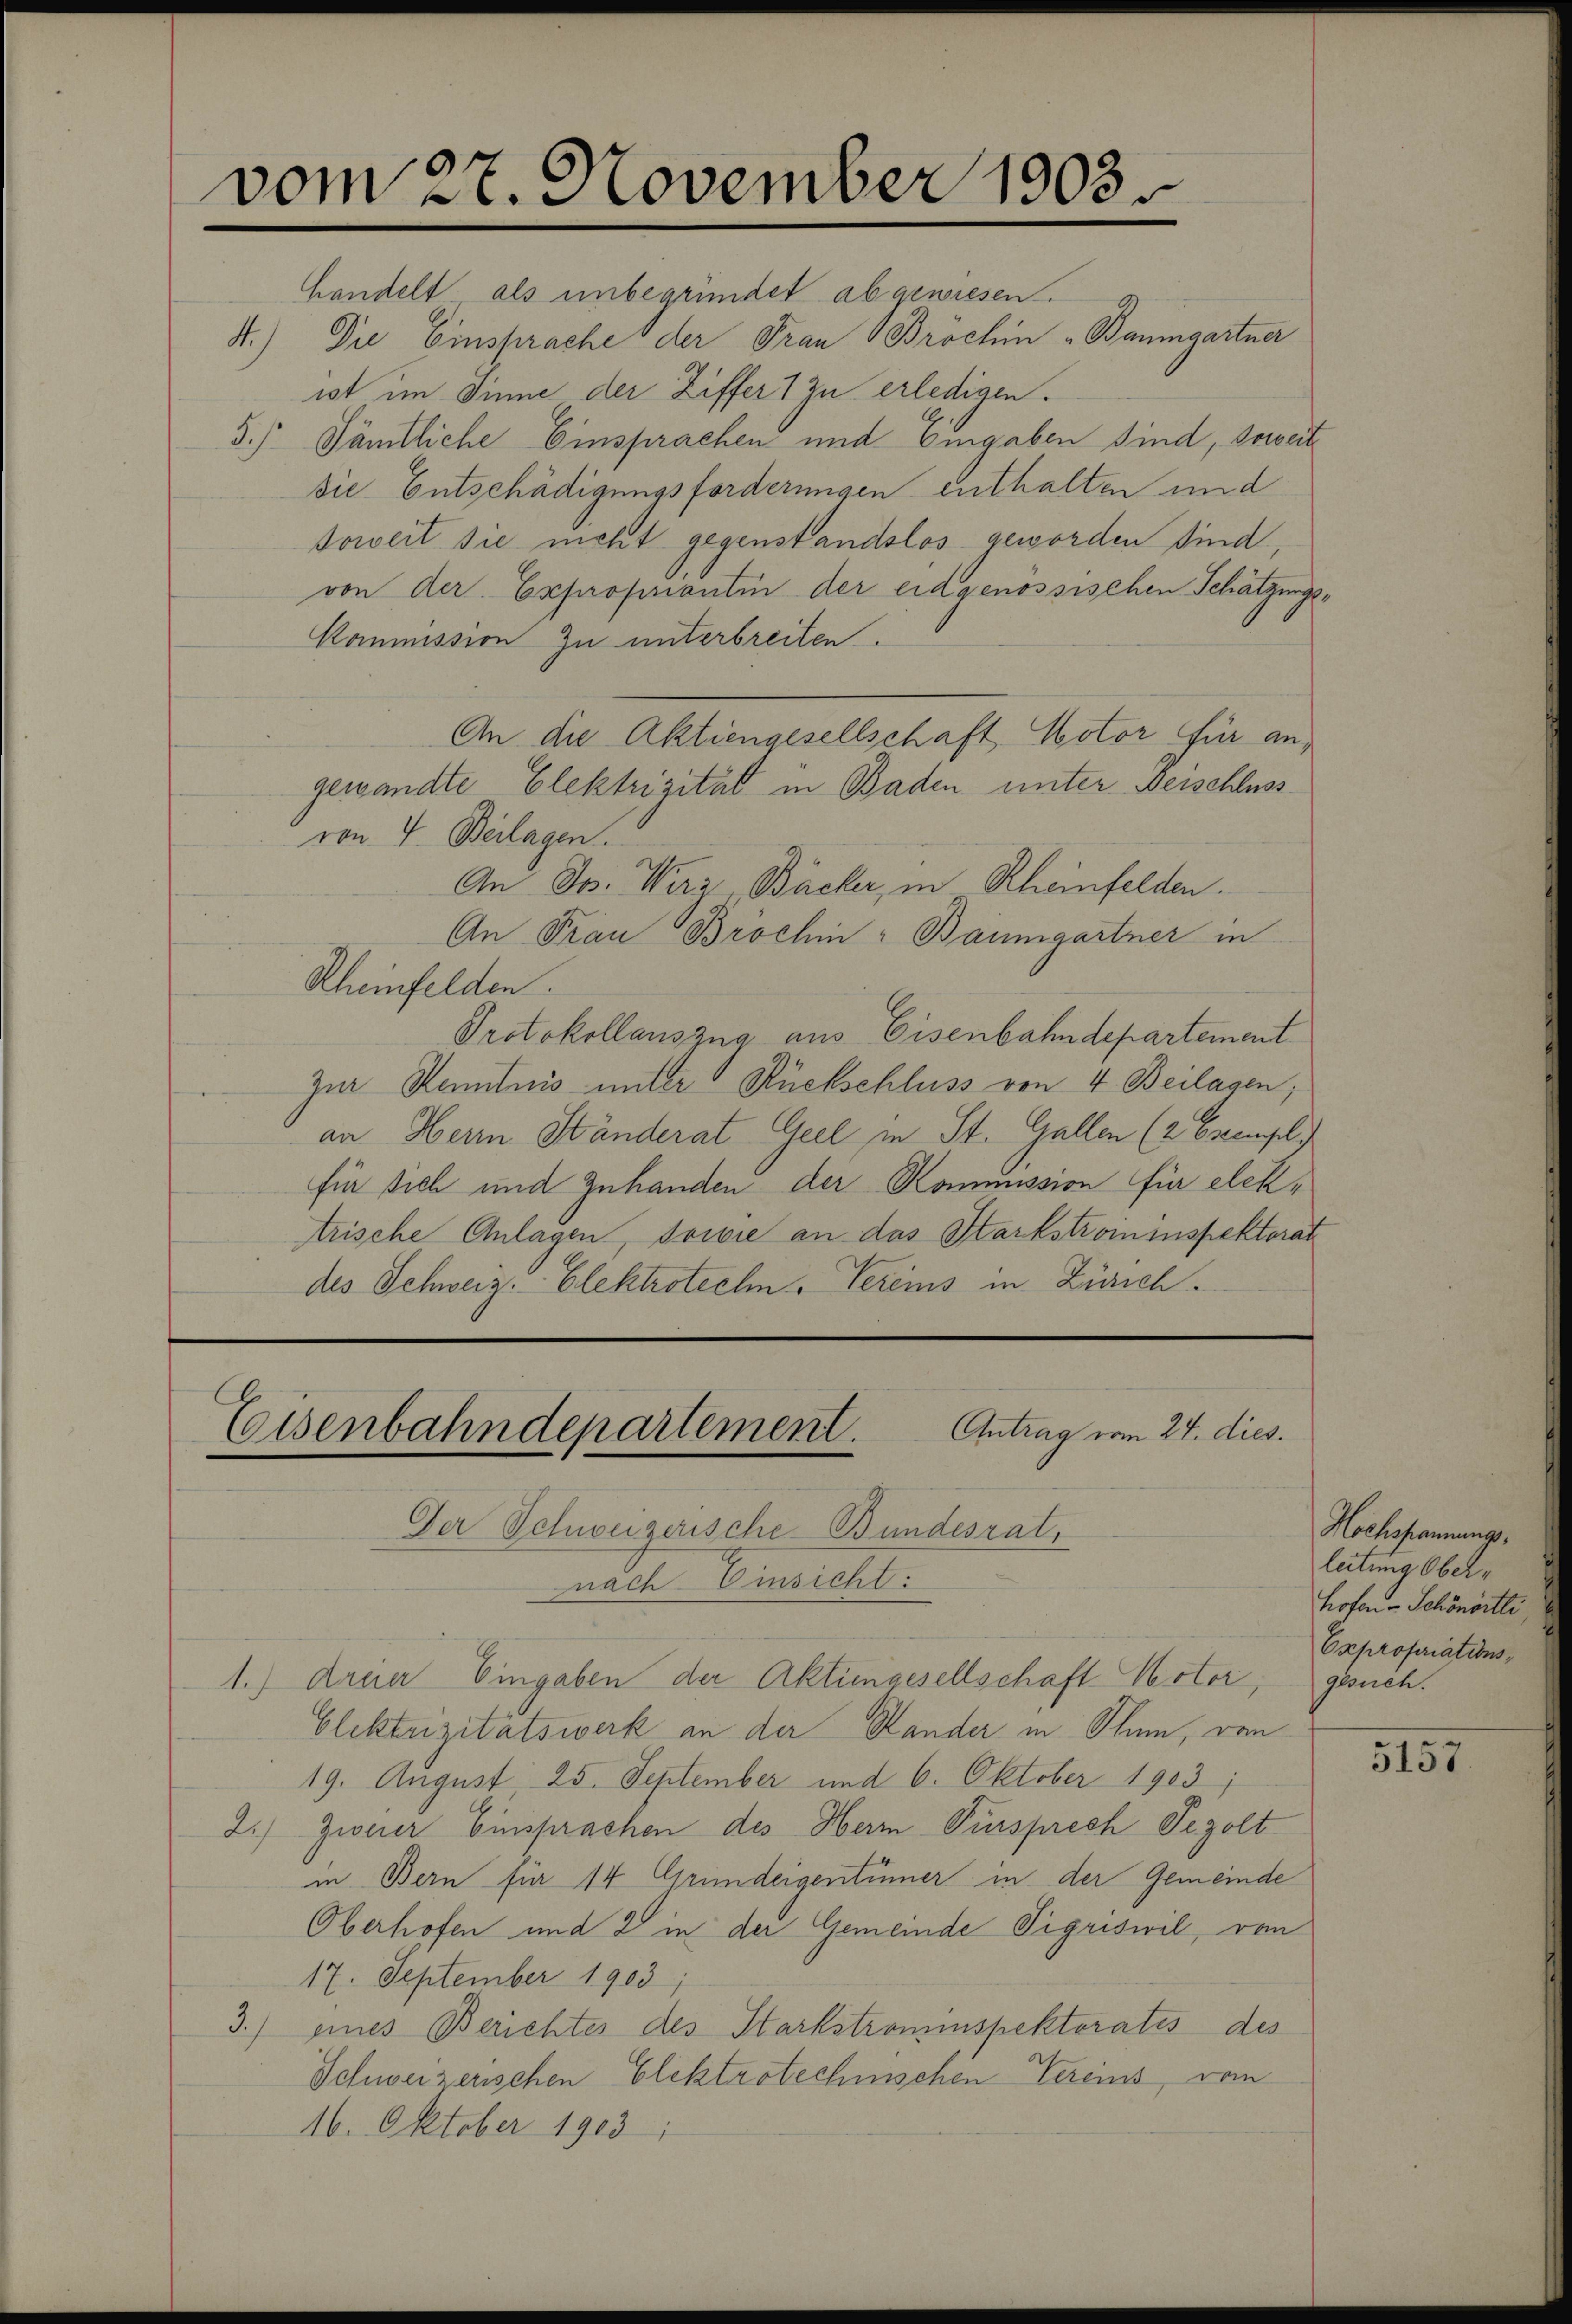
vom 27. November 1903.

Handelt als unbegründet abgewiesen.
St.) Die Einsprache der Frau Brochin Baumgartner
ist im Sinne der Ziffer 1 zu erledigen.
5.) Sämtliche Einsprachen und Eingaben sind, soweit
sie Entschädigungsforderungen enthalten und
soweit sie nicht gegenstandslos geworden sind,
von der Expropriantin der eidgenössischen Schätzungs¬
Kommission zu unterbreiten.
An die Aktiengesellschaft Motor für angewandte Elektrizität in Baden unter Beischluss
von 4. Beilagen.
An Jos. Wirz Bäcker, in Rheinfelden.
An Frau Bröchin - Baumgartner in
Rheinfelden.
Protokollauszug aus Eisenbahndepartement
Zur Kenntnis unter Rückschluss von 4. Beilagen;
an Herrn Ständerat Geel in St. Gallen (2 Exempl
für sich und Zuhanden der Kommission für elektrische Anlagen, sowie an das Starkstrominspektorat
des Schweiz. Elektrotechn. Vereins in Zürich.

Antrag vom 24. dies.
Eisenbahndepartement.

Der Schweizerische Bundesrat,
nach Einsicht.
1.) dreier Eingaben der Aktungesellschaft Noter,
Elektrizitätswerk an der Stander in Schum, von
19. August, 25. September und 6. Oktober 1903,
2.) Zweier Einsprachen des Herr Fürsprech Sezolt
in Bern für 14 Grundeigentümer in der Gemeinde
Oberhofen und 2 in der Gemeinde Sigriswil, von
17. September 1903;
3.) eines Berichtes des Starkstroninspektoratis des
Schweizerischen Elektrotechnischen Vereins, vom
16. Oktober 1903

Hochspannungsleitung Oberhofen-Schönörtli
Expropriationsgesuch.

5157